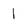
Character: 1